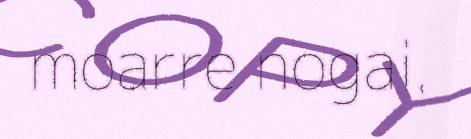
moarre nogai.